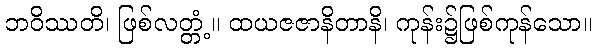
ဘဝိဿတိ၊ ဖြစ်လတ္တံ့။ ထယဇဇာနိတာနိ၊ ကုန်း၌ဖြစ်ကုန်သော။